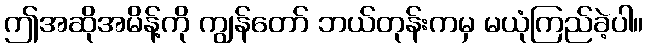
ဤအဆိုအမိန့်ကို ကျွန်တော် ဘယ်တုန်းကမှ မယုံကြည်ခဲ့ပါ။